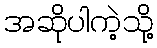
အဆိုပါကဲ့သို့